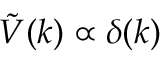
{ \tilde { V } } ( k ) \propto \delta ( k )